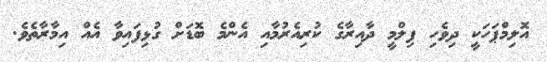
އޮލިމްޕަހަކީ ދިވެހި ފިލްމީ ދާއިރާގެ ކުރިއެރުމާއި އެންމެ ބޮޑަށް ގުޅިފައިވާ އެއް އިމާރާތެވެ.